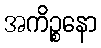
အကိဉ္စနော